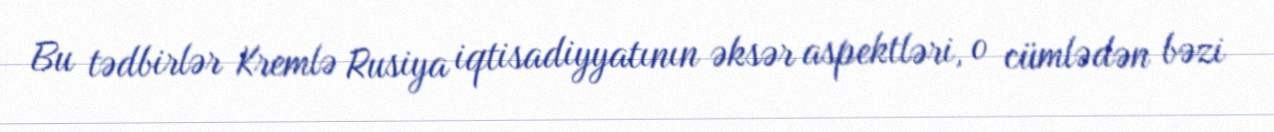
Bu tədbirlər Kremlə Rusiya iqtisadiyyatının əksər aspektləri, o cümlədən bəzi